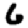
Digit: 6